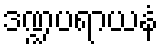
ဒဏ္ဍပရာယနံ